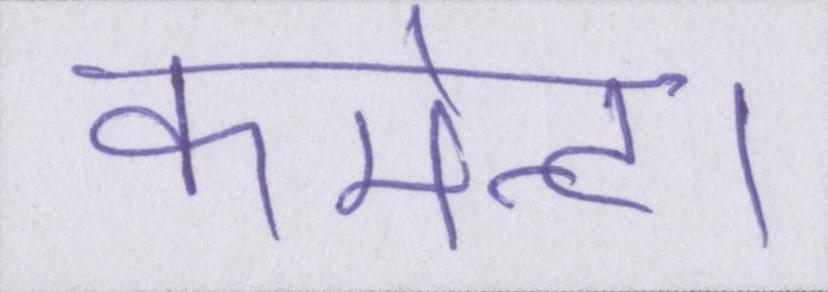
कमेन्ट।